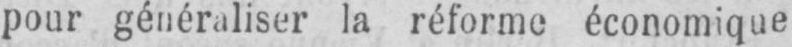
pour généraliser la réforme économique